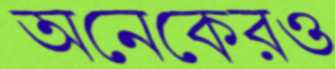
অনেকেরও